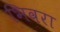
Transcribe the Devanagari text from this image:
भिवरा